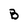
Character: B